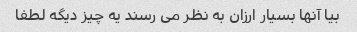
بیا آنها بسیار ارزان به نظر می رسند یه چیز دیگه لطفا